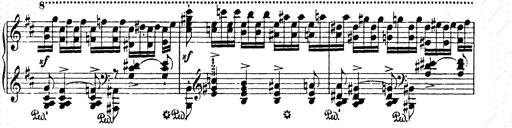
Title: AnnÃ©es de pÃ¨lerinage II
Composer: Franz Liszt